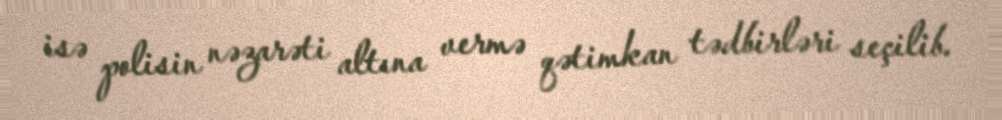
isə polisin nəzarəti altına vermə qətimkan tədbirləri seçilib.